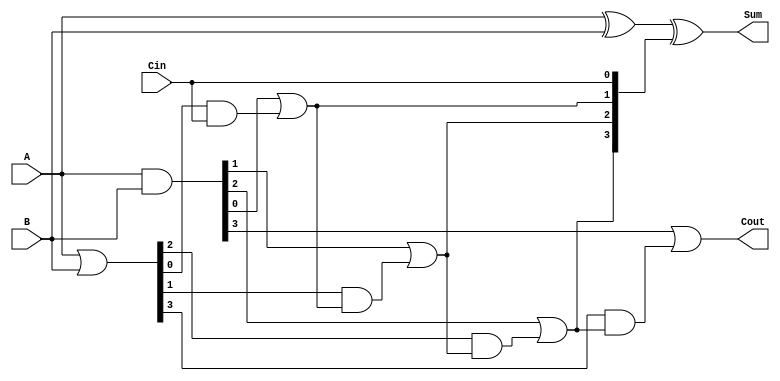
module LingAdder #(parameter n = 4) (
    input  [n-1:0] A,
    input  [n-1:0] B,
    input          Cin,
    output [n-1:0] Sum,
    output         Cout
);

    // Generate and propagate signals
    wire [n-1:0] G; // Generate signals
    wire [n-1:0] P; // Propagate signals
    wire [n:0] C;   // Carry signals (n+1 bits to accommodate Cout)

    // Generate and propagate logic
    assign G = A & B;          // G[i] = A[i] AND B[i]
    assign P = A | B;          // P[i] = A[i] OR B[i]

    // Carry generation logic
    assign C[0] = Cin;         // C[0] = Cin
    genvar i;
    generate
        for (i = 1; i <= n; i = i + 1) begin : carry_gen
            assign C[i] = G[i-1] | (P[i-1] & C[i-1]);
        end
    endgenerate

    // Sum calculation
    assign Sum = A ^ B ^ C[n-1:0]; // Sum[i] = A[i] XOR B[i] XOR C[i]

    // Carry out
    assign Cout = G[n-1] | (P[n-1] & C[n-1]);

endmodule